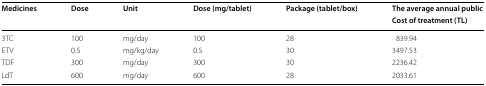
| <ROWSPAN=2> Medicines | <ROWSPAN=2> Dose | <ROWSPAN=2> Unit | <ROWSPAN=2> Dose (mg/tablet) | <ROWSPAN=2> Package (tablet/box) | The average annual public |
 | Cost of treatment (TL) |
 | --- | --- | --- | --- | --- | --- |
 | 3TC | 100 | mg/day | 100 | 28 | 839.94 |
 | ETV | 0.5 | mg/kg/day | 0.5 | 30 | 3497.53 |
 | TDF | 300 | mg/day | 300 | 30 | 2236.42 |
 | LdT | 600 | mg/day | 600 | 28 | 2033.61 |